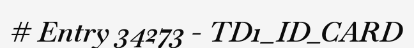
# Entry 34273 - TD1_ID_CARD